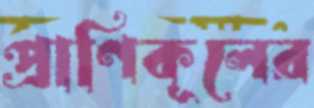
প্রাণিকূলের